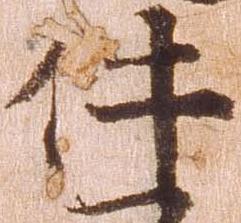
件